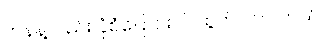
ဟန်နဲ့လည်း ပုံစံပြောင်းလဲ ထွက်လာပါတယ်။